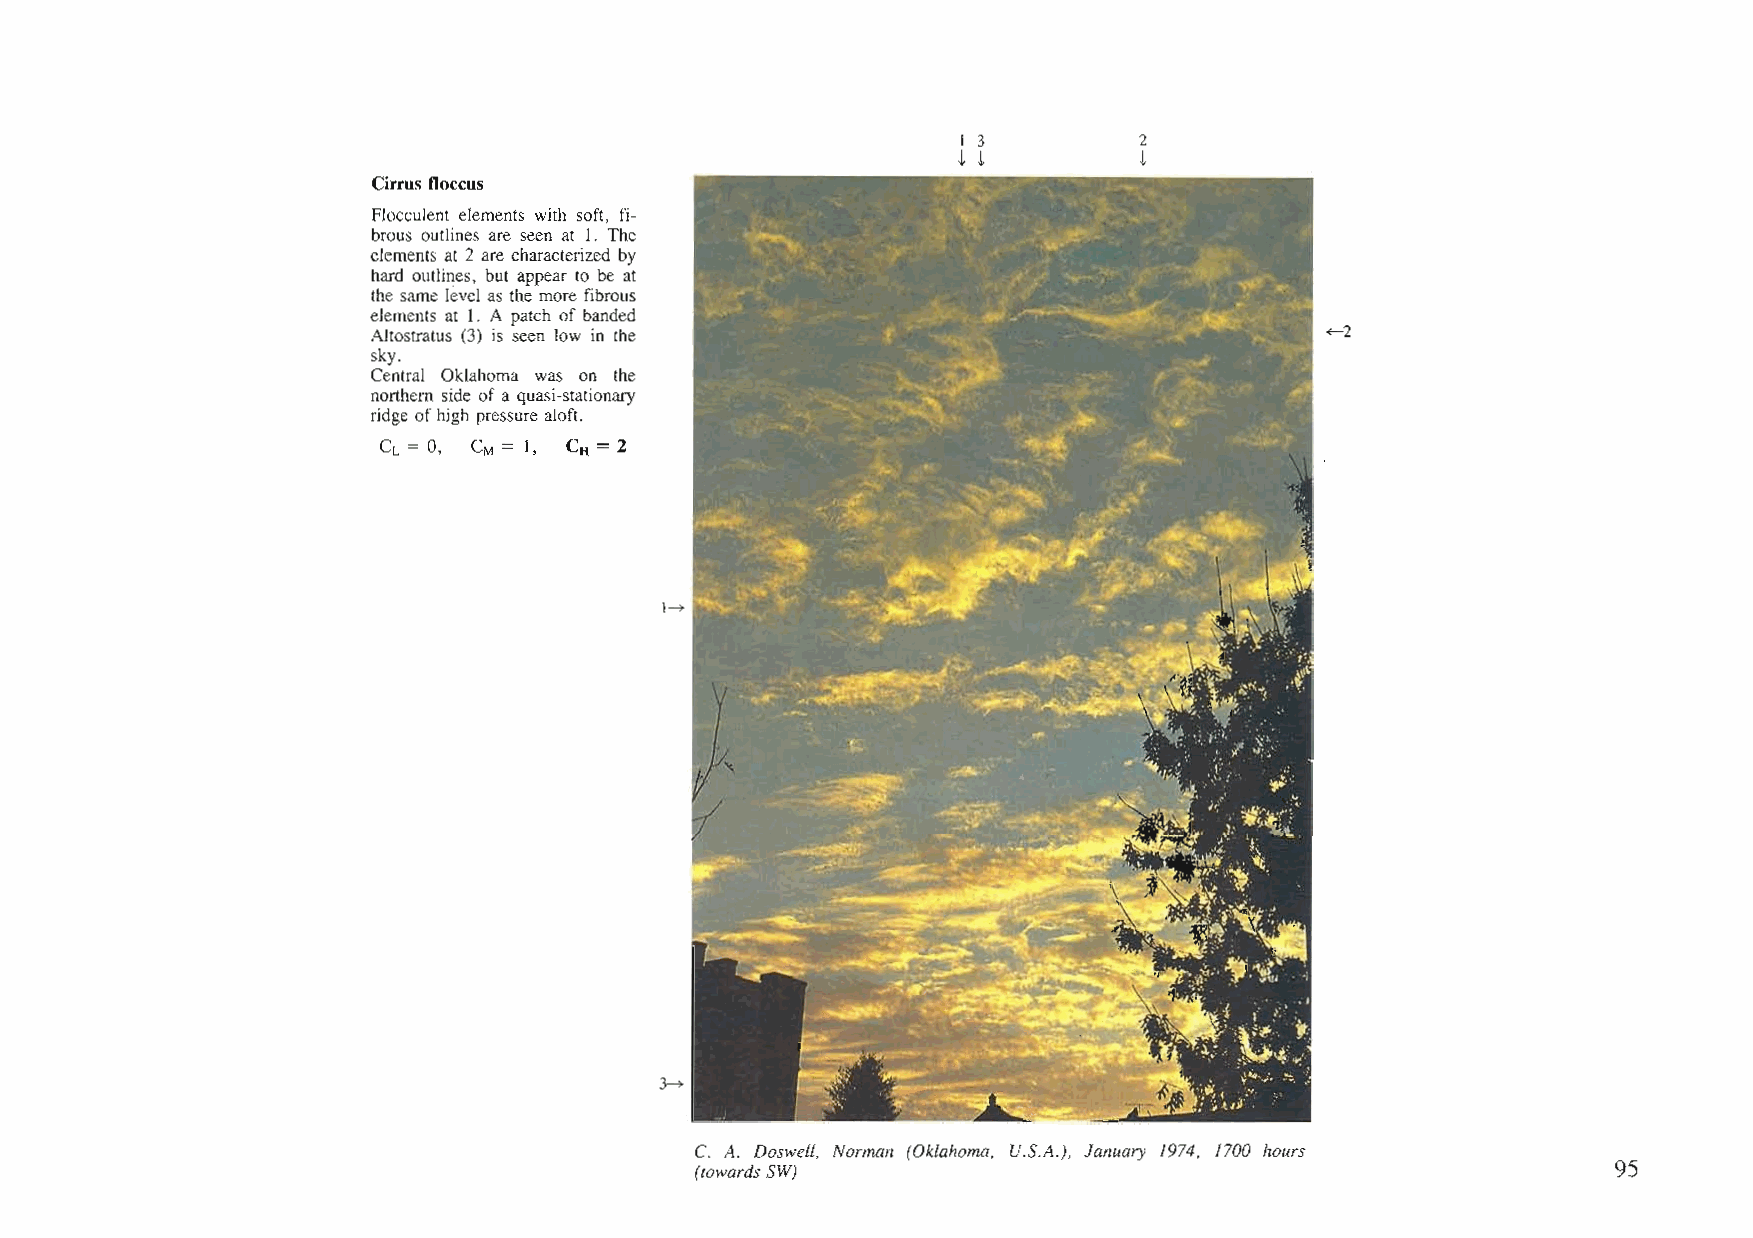
1 3         2
 ~ ~         ~
 Cirrus floccus
 Flocculent elements with soft, fi
 brous outlines are seen at 1. The
 elements at 2 are characterized by
 hard outlines, but appear to be at
 the same level as the more fibrous
 elements at 1. A patch of banded
 Altostratus (3) is seen low in the                             +-2
 sky.
 Central Oklahoma was on the
 northern side of a quasi-stationary
 ridge ofhigh pressure aloft.
 CL = 0, CM = 1, CH = 2
 l~
 3~
 C. A. Doswell, Norman (Oklahoma, U.S.A.), January 1974, 1700 hours
 95
 (towards SW)